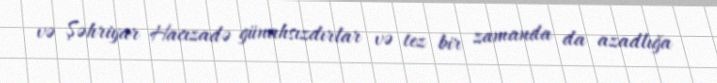
və Şəhriyar Hacızadə günahsızdırlar və tez bir zamanda da azadlığa